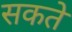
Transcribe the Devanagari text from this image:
सकते